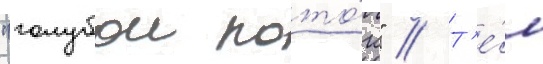
"голубои пото́к" // Т'е́м